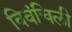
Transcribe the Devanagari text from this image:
विवंचिली